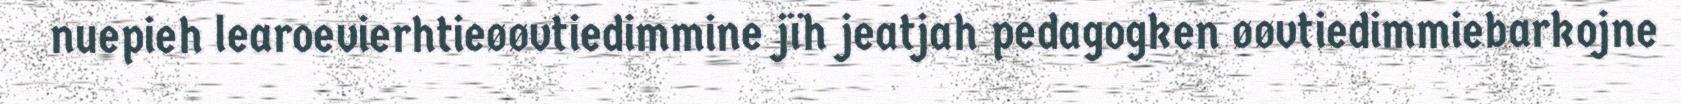
nuepieh learoevierhtieøøvtiedimmine jïh jeatjah pedagogken øøvtiedimmiebarkojne